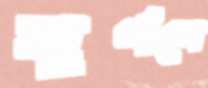
ঘূর্ণনে